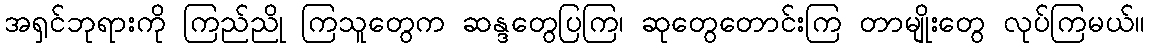
အရှင်ဘုရားကို ကြည်ညို ကြသူတွေက ဆန္ဒတွေပြကြ၊ ဆုတွေတောင်းကြ တာမျိုးတွေ လုပ်ကြမယ်။